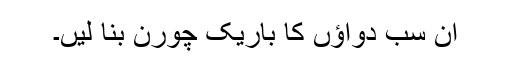
ان سب دواؤں کا باریک چورن بنا لیں۔